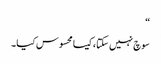
“
سوچ نہیں سکتا ، کیسا محسوس کیا ۔